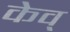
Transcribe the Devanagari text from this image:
केव्‌